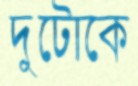
দুটোকে